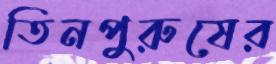
তিনপুরুষের